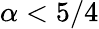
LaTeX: \alpha<5/4